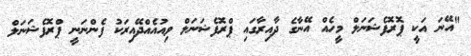
"އޭނަ އަކީ ޕޮރޮފެޝަނަލް މީހެއް އޭނާގެ ދާއިރާގައި ޕްރޮފެޝަނަލް ވިއުއެއްދޭއިރަކު ފެންނަނީ ޕްރޮފެޝަނަލް